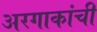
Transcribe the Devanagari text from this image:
अरगाकांची